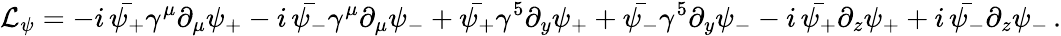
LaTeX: {\cal L}_{\psi}=-i\, \bar{\psi_{+}}\gamma^{\mu}\partial_{\mu}\psi_{+}-i\, \bar{\psi_{-}}\gamma^{\mu}\partial_{\mu}\psi_{-}+\bar{\psi_{+}}\gamma^{5}\partial_{y}\psi_{+}+\bar{\psi_{-}}\gamma^{5}\partial_{y}\psi_{-}-i\, \bar{\psi_{+}}\partial_{z}\psi_{+}+i\, \bar{\psi_{-}}\partial_{z}\psi_{-}\, .